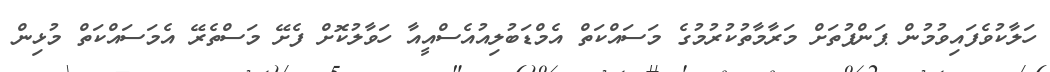
ހަލާކުވެފައިވުމުން ޕަންޕުތަށް މަރާމާތުކުރުމުގެ މަސައްކަތް އެމްޑަބުލިއުއެސްއީއާ ހަވާލުކޮށް ފެށޭ މަސްތެރޭ އެމަސައްކަތް މުޅިން